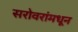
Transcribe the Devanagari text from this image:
सरोवरांमधून